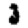
Digit: 3